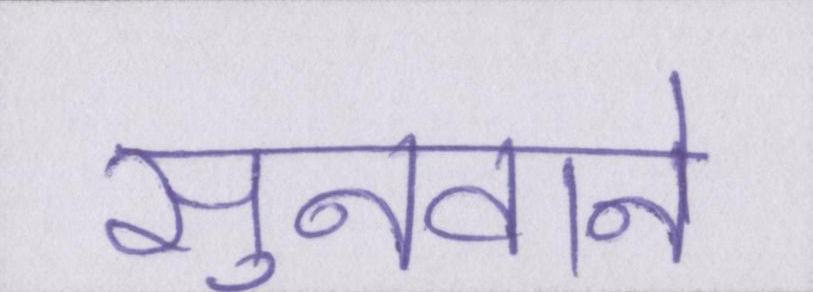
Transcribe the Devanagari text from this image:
सुनवाने